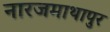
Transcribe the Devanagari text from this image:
नारजमाथापुर